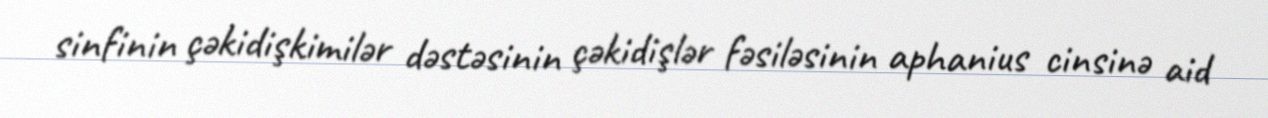
sinfinin çəkidişkimilər dəstəsinin çəkidişlər fəsiləsinin aphanius cinsinə aid